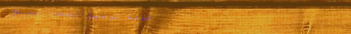
خدمة توصيل الطعام السريع